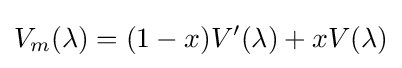
V_{m}(\lambda )=(1-x)V'(\lambda )+xV(\lambda )